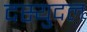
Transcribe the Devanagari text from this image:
दस्युदल